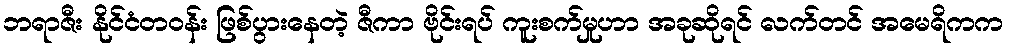
ဘရာဇီး နိုင်ငံတဝန်း ဖြစ်ပွားနေတဲ့ ဇီကာ ဗိုင်းရပ် ကူးစက်မှုဟာ အခုဆိုရင် လက်တင် အမေရိကက